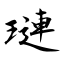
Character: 璉